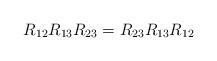
LaTeX: \begin{align*}R_{12}R_{13}R_{23}=R_{23}R_{13}R_{12}\end{align*}